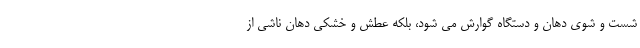
شست و شوی دهان و دستگاه گوارش می شود، بلکه عطش و خشکی دهان ناشی از